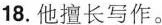
18.他擅长写作。